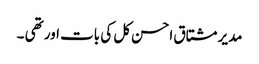
مدیر مشتاق احسن کل کی بات اور تھی ۔